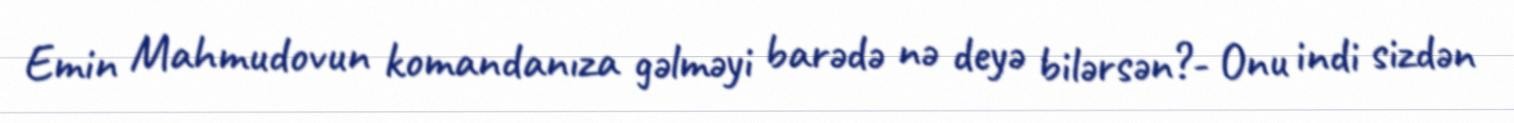
Emin Mahmudovun komandanıza gəlməyi barədə nə deyə bilərsən?- Onu indi sizdən